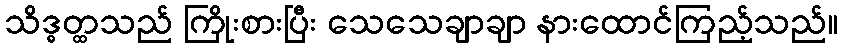
သိဒ္ဓတ္ထသည် ကြိုးစားပြီး သေသေချာချာ နားထောင်ကြည့်သည်။